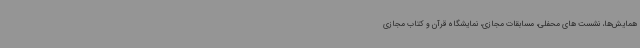
همایش‌ها، نشست های محفلی، مسابقات مجازی، نمایشگاه قرآن و کتاب مجازی